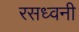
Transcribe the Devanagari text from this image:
रसध्वनी